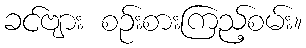
ခင်ဗျား စဉ်းစားကြည့်စမ်း။